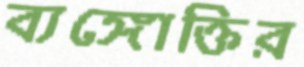
ব্যঙ্গোক্তির